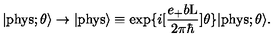
| \mathrm { p h y s } ; \theta \rangle \rightarrow | \mathrm { p h y s } \rangle \equiv \exp \{ i [ \frac { e _ { + } b \mathrm { L } } { 2 { \pi } { \hbar } } ] \theta \} | \mathrm { p h y s } ; \theta \rangle .